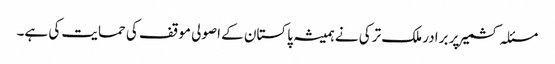
مسئلہ کشمیر پر برادر ملک ترکی نے ہمیشہ پاکستان کے اصولی موقف کی حمایت کی ہے۔